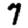
Digit: 7